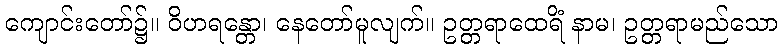
ကျောင်းတော်၌။ ဝိဟရန္တော၊ နေတော်မူလျက်။ ဥတ္တရာထေရိံ နာမ၊ ဥတ္တရာမည်သော